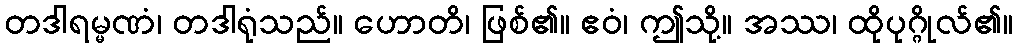
တဒါရမ္မဏံ၊ တဒါရုံသည်။ ဟောတိ၊ ဖြစ်၏။ ဧဝံ၊ ဤသို့။ အဿ၊ ထိုပုဂ္ဂိုလ်၏။